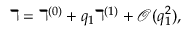
\daleth = \daleth ^ { ( 0 ) } + q _ { 1 } \daleth ^ { ( 1 ) } + \mathcal { O } ( q _ { 1 } ^ { 2 } ) , ~ ~ ~ ~ ~ ~ ~ ~ ~ ~ ~ ~ ~ ~